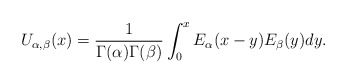
\begin{align*}U_{\alpha,\beta}(x)=\frac{1}{\Gamma(\alpha)\Gamma(\beta)}\int_{0}^{x}E_{\alpha}(x-y)E_{\beta}(y)dy.\end{align*}